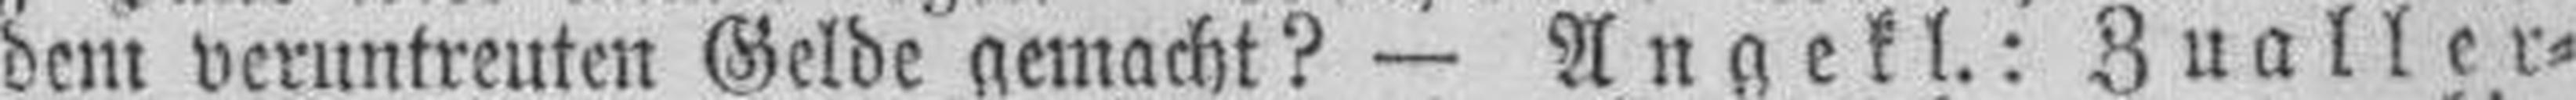
dem veruntreuten Gelde gemacht? — Angekl.: Zualler¬